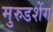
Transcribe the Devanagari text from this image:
मुरुडशेंग